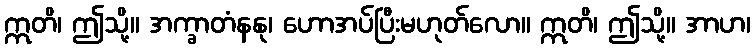
ဣတိ၊ ဤသို့။ အက္ခာတံနနု၊ ဟောအပ်ပြီးမဟုတ်လော။ ဣတိ၊ ဤသို့။ အာဟ၊